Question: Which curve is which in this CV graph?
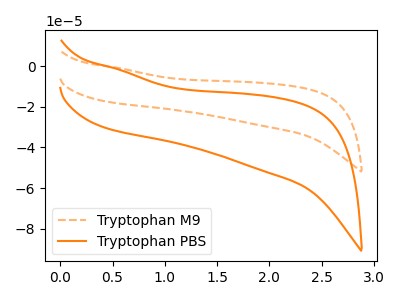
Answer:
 <answer>The orange dashed curve is labeled "Tryptophan M9". The orange curve is labeled "Tryptophan PBS".</answer>
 <eval></eval>